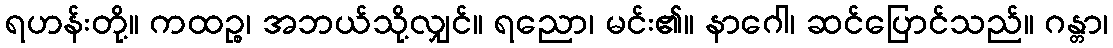
ရဟန်းတို့။ ကထဉ္စ၊ အဘယ်သို့လျှင်။ ရညော၊ မင်း၏။ နာဂေါ၊ ဆင်ပြောင်သည်။ ဂန္တာ၊